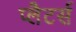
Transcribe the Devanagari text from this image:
प्लैटर्स